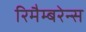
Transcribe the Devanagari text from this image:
रिमैम्बरेन्स